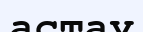
астау